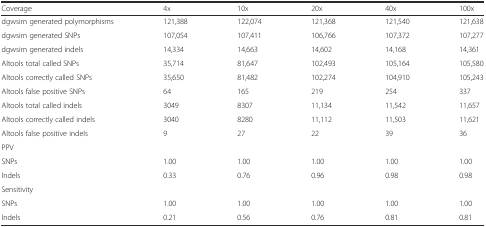
| Coverage | 4x | 10x | 20x | 40x | 100x |
 | --- | --- | --- | --- | --- | --- |
 | dgwsim generated polymorphisms | 121,388 | 122,074 | 121,368 | 121,540 | 121,638 |
 | dgwsim generated SNPs | 107,054 | 107,411 | 106,766 | 107,372 | 107,277 |
 | dgwsim generated indels | 14,334 | 14,663 | 14,602 | 14,168 | 14,361 |
 | Altools total called SNPs | 35,714 | 81,647 | 102,493 | 105,164 | 105,580 |
 | Altools correctly called SNPs | 35,650 | 81,482 | 102,274 | 104,910 | 105,243 |
 | Altools false positive SNPs | 64 | 165 | 219 | 254 | 337 |
 | Altools total called indels | 3049 | 8307 | 11,134 | 11,542 | 11,657 |
 | Altools correctly called indels | 3040 | 8280 | 11,112 | 11,503 | 11,621 |
 | Altools false positive indels | 9 | 27 | 22 | 39 | 36 |
 | PPV |  |  |  |  |  |
 | SNPs | 1.00 | 1.00 | 1.00 | 1.00 | 1.00 |
 | Indels | 0.33 | 0.76 | 0.96 | 0.98 | 0.98 |
 | Sensitivity |  |  |  |  |  |
 | SNPs | 1.00 | 1.00 | 1.00 | 1.00 | 1.00 |
 | Indels | 0.21 | 0.56 | 0.76 | 0.81 | 0.81 |